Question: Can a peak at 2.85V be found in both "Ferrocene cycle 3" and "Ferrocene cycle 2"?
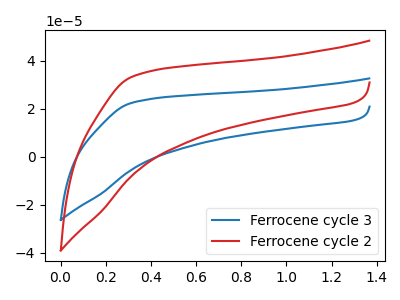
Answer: <think>The blue curve "Ferrocene cycle 3" has no peaks. The red curve "Ferrocene cycle 2" has no peaks.</think>
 <answer>No, "Ferrocene cycle 3" and "Ferrocene cycle 2" dont share a peak at 2.85V.</answer>
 <eval>mismatch</eval>